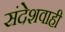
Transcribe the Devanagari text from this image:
संदेशवाही